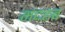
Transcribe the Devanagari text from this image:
मदहब